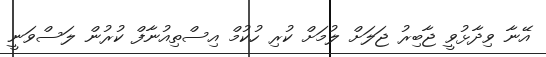
އޭނާ ވިދާޅުވީ ޖާބިރު ޖަލަށް ލުމަށް ކުރި ހުކުމް އިސްތިއުނާފް ކުރުން ލަސްވަނީ